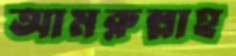
আমরুল্লাহ